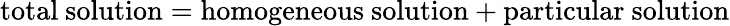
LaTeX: {\mathrm{total~solution}}={\mathrm{homogeneous~solution}}+{\mathrm{particular~solution}}